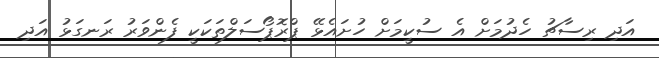
އަދި ރިސާޗު ހެދުމަށް އެ ސުކީމަށް ހުށައެޅޭ ޕްރޮޕޯސަލްތަކަކީ ފެންވަރު ރަނގަޅު އަދި